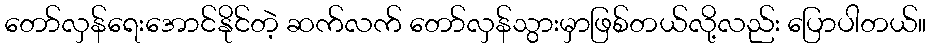
တော်လှန်ရေးအောင်နိုင်တဲ့ ဆက်လက် တော်လှန်သွားမှာဖြစ်တယ်လို့လည်း ပြောပါတယ်။